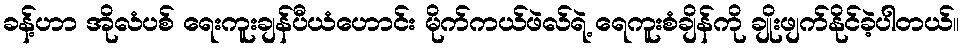
ခန့်ဟာ အိုလံပစ် ရေးကူးချန်ပီယံဟောင်း မိုက်ကယ်ဖဲလ်ရဲ့ ရေကူးစံချိန်ကို ချိုးဖျက်နိုင်ခဲ့ပါတယ်။